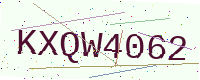
Text: KXQW4062